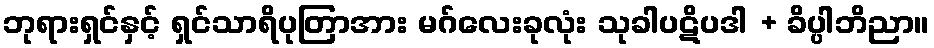
ဘုရားရှင်နှင့် ရှင်သာရိပုတြာအား မဂ်လေးခုလုံး သုခါပဋိပဒါ + ခိပ္ပါဘိညာ။